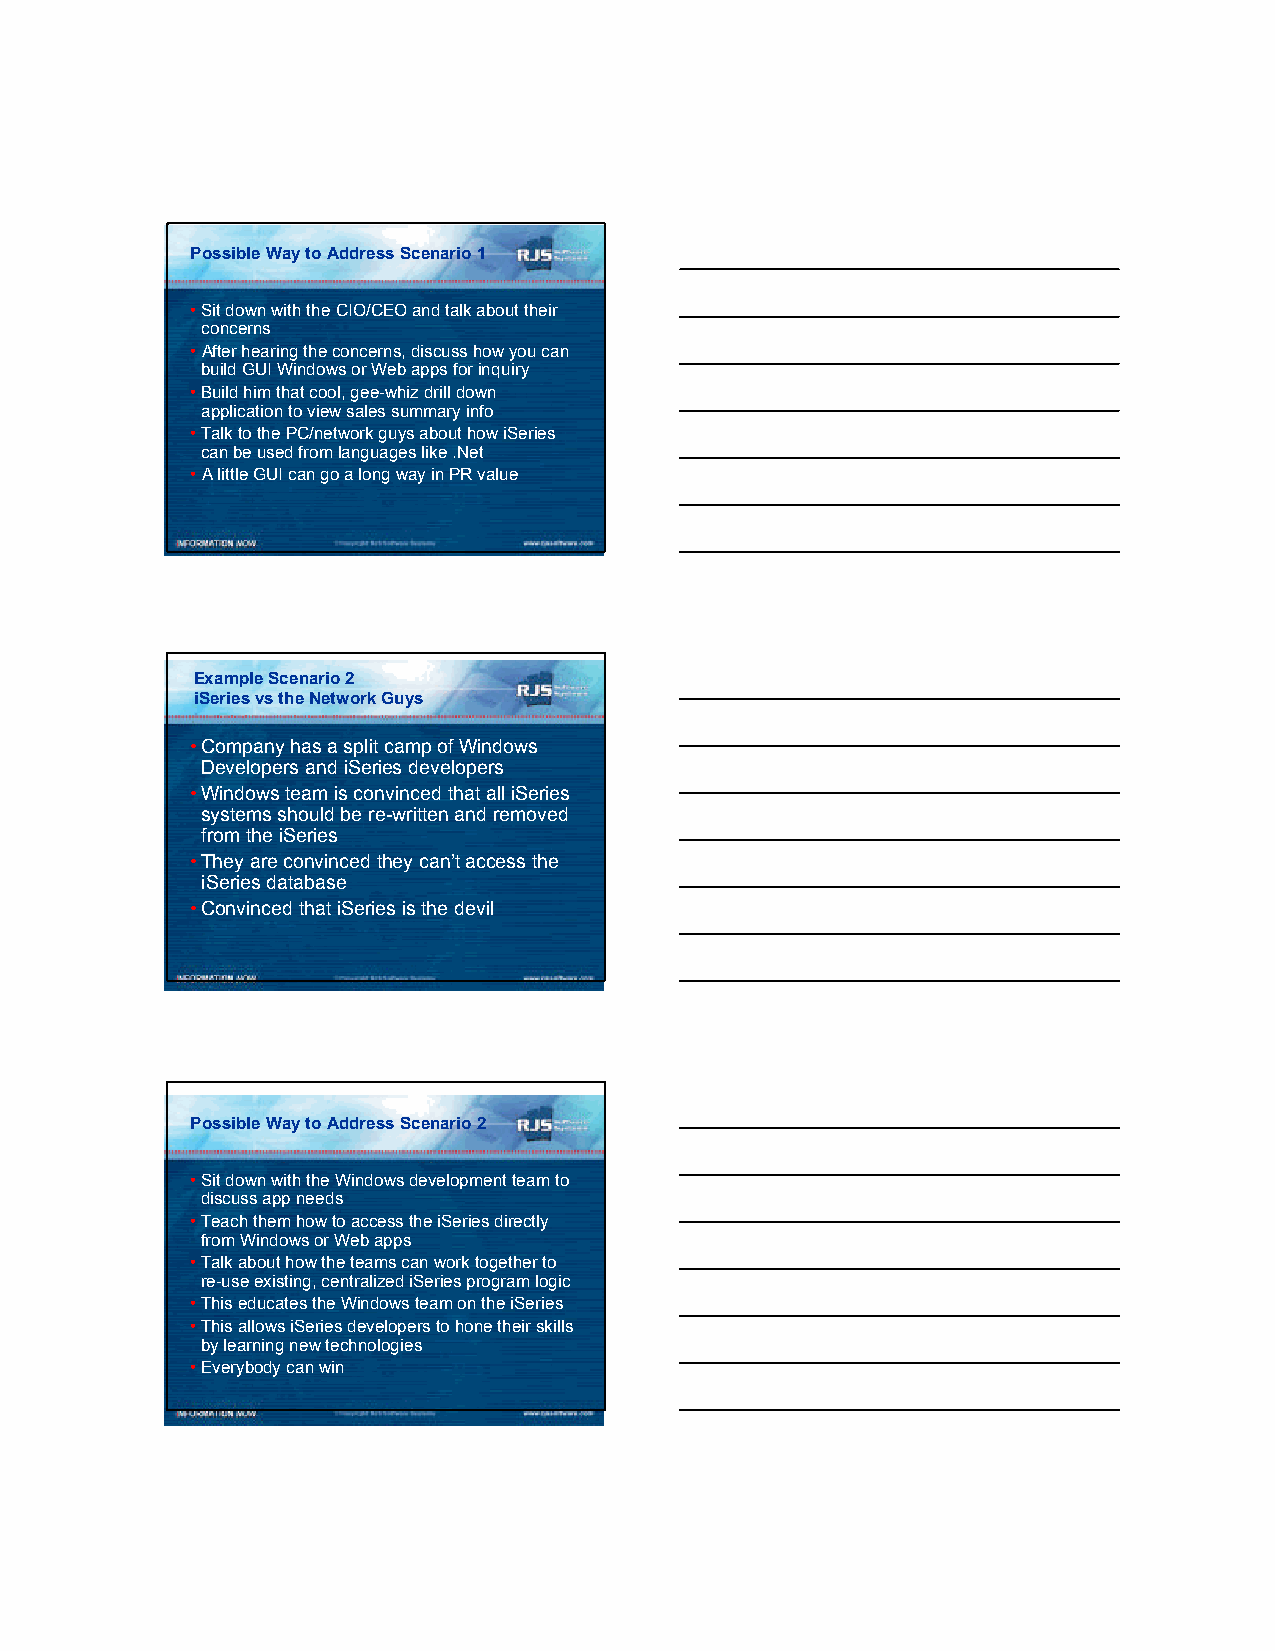
Possible Way to Address Scenario 1
 •Sit down with the CIO/CEO and talk about their
 concerns
 •After hearing the concerns, discuss how you can
 build GUI Windows or Web apps for inquiry
 •Build him that cool, gee-whiz drill down
 application to view sales summary info
 •Talk to the PC/network guys about how iSeries
 can be used from languages like .Net
 •A little GUI can go a long way in PR value
 Example Scenario 2
 iSeries vs the Network Guys
 •Company has a split camp of Windows
 Developers and iSeries developers
 •Windows team is convinced that all iSeries
 systems should be re-written and removed
 from the iSeries
 •They are convinced they can’t access the
 iSeries database
 •Convinced that iSeries is the devil
 Possible Way to Address Scenario 2
 •Sit down with the Windows development team to
 discuss app needs
 •Teach them how to access the iSeries directly
 from Windows or Web apps
 •Talk about how the teams can work together to
 re-use existing, centralized iSeries program logic
 •This educates the Windows team on the iSeries
 •This allows iSeries developers to hone their skills
 by learning new technologies
 •Everybody can win
 4